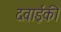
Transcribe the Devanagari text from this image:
दवाईकी